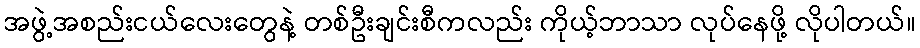
အဖွဲ့အစည်းငယ်လေးတွေနဲ့ တစ်ဦးချင်းစီကလည်း ကိုယ့်ဘာသာ လုပ်နေဖို့ လိုပါတယ်။